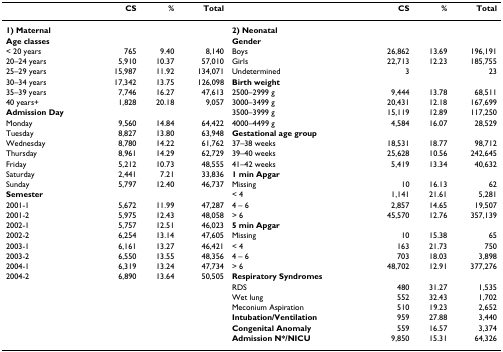
<table><thead><tr><td></td><td><b>CS</b></td><td><b>%</b></td><td><b>Total</b></td><td></td><td><b>CS</b></td><td><b>%</b></td><td><b>Total</b></td></tr></thead><tbody><tr><td><b>1) Maternal</b></td><td></td><td></td><td></td><td><b>2) Neonatal</b></td><td></td><td></td><td></td></tr><tr><td><b>Age classes</b></td><td></td><td></td><td></td><td><b>Gender</b></td><td></td><td></td><td></td></tr><tr><td>&lt; 20 years</td><td>765</td><td>9.40</td><td>8,140</td><td>Boys</td><td>26,862</td><td>13.69</td><td>196,191</td></tr><tr><td>20–24 years</td><td>5,910</td><td>10.37</td><td>57,010</td><td>Girls</td><td>22,713</td><td>12.23</td><td>185,755</td></tr><tr><td>25–29 years</td><td>15,987</td><td>11.92</td><td>134,071</td><td>Undetermined</td><td>3</td><td></td><td>23</td></tr><tr><td>30–34 years</td><td>17,342</td><td>13.75</td><td>126,098</td><td><b>Birth weight</b></td><td></td><td></td><td></td></tr><tr><td>35–39 years</td><td>7,746</td><td>16.27</td><td>47,613</td><td>2500–2999 g</td><td>9,444</td><td>13.78</td><td>68,511</td></tr><tr><td>40 years+</td><td>1,828</td><td>20.18</td><td>9,057</td><td>3000–3499 g</td><td>20,431</td><td>12.18</td><td>167,699</td></tr><tr><td><b>Admission Day</b></td><td></td><td></td><td></td><td>3500–3999 g</td><td>15,119</td><td>12.89</td><td>117,250</td></tr><tr><td>Monday</td><td>9,560</td><td>14.84</td><td>64,422</td><td>4000–4499 g</td><td>4,584</td><td>16.07</td><td>28,529</td></tr><tr><td>Tuesday</td><td>8,827</td><td>13.80</td><td>63,948</td><td><b>Gestational age group</b></td><td></td><td></td><td></td></tr><tr><td>Wednesday</td><td>8,780</td><td>14.22</td><td>61,762</td><td>37–38 weeks</td><td>18,531</td><td>18.77</td><td>98,712</td></tr><tr><td>Thursday</td><td>8,961</td><td>14.29</td><td>62,729</td><td>39–40 weeks</td><td>25,628</td><td>10.56</td><td>242,645</td></tr><tr><td>Friday</td><td>5,212</td><td>10.73</td><td>48,555</td><td>41–42 weeks</td><td>5,419</td><td>13.34</td><td>40,632</td></tr><tr><td>Saturday</td><td>2,441</td><td>7.21</td><td>33,836</td><td><b>1 min Apgar</b></td><td></td><td></td><td></td></tr><tr><td>Sunday</td><td>5,797</td><td>12.40</td><td>46,737</td><td>Missing</td><td>10</td><td>16.13</td><td>62</td></tr><tr><td><b>Semester</b></td><td></td><td></td><td></td><td>&lt; 4</td><td>1,141</td><td>21.61</td><td>5,281</td></tr><tr><td>2001-1</td><td>5,672</td><td>11.99</td><td>47,287</td><td>4 – 6</td><td>2,857</td><td>14.65</td><td>19,507</td></tr><tr><td>2001-2</td><td>5,975</td><td>12.43</td><td>48,058</td><td>&gt; 6</td><td>45,570</td><td>12.76</td><td>357,139</td></tr><tr><td>2002-1</td><td>5,757</td><td>12.51</td><td>46,023</td><td><b>5 min Apgar</b></td><td></td><td></td><td></td></tr><tr><td>2002-2</td><td>6,254</td><td>13.14</td><td>47,605</td><td>Missing</td><td>10</td><td>15.38</td><td>65</td></tr><tr><td>2003-1</td><td>6,161</td><td>13.27</td><td>46,421</td><td>&lt; 4</td><td>163</td><td>21.73</td><td>750</td></tr><tr><td>2003-2</td><td>6,550</td><td>13.55</td><td>48,356</td><td>4 – 6</td><td>703</td><td>18.03</td><td>3,898</td></tr><tr><td>2004-1</td><td>6,319</td><td>13.24</td><td>47,734</td><td>&gt; 6</td><td>48,702</td><td>12.91</td><td>377,276</td></tr><tr><td>2004-2</td><td>6,890</td><td>13.64</td><td>50,505</td><td><b>Respiratory Syndromes</b></td><td></td><td></td><td></td></tr><tr><td></td><td></td><td></td><td></td><td>RDS</td><td>480</td><td>31.27</td><td>1,535</td></tr><tr><td></td><td></td><td></td><td></td><td>Wet lung</td><td>552</td><td>32.43</td><td>1,702</td></tr><tr><td></td><td></td><td></td><td></td><td>Meconium Aspiration</td><td>510</td><td>19.23</td><td>2,652</td></tr><tr><td></td><td></td><td></td><td></td><td><b>Intubation/Ventilation</b></td><td>959</td><td>27.88</td><td>3,440</td></tr><tr><td></td><td></td><td></td><td></td><td><b>Congenital Anomaly</b></td><td>559</td><td>16.57</td><td>3,374</td></tr><tr><td></td><td></td><td></td><td></td><td><b>Admission N*/NICU</b></td><td>9,850</td><td>15.31</td><td>64,326</td></tr></tbody></table>